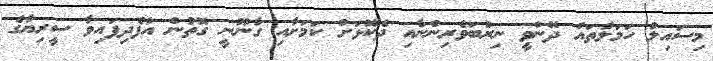
މިސައިލު ހަމަލާތައް ދޭންވީ ނިރުބަވެރިންނާއި ދެކޮޅަށް ކަމަށާއި ގާނޫނީ ގޮތުން އުފެދިފައިވާ ސީރިޔާގެ